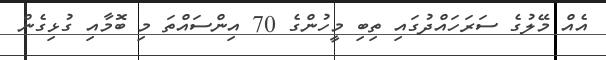
އެއް މޭލުގެ ސަރަހައްދުގައި ތިބި މީހުންގެ 70 އިންސައްތަ މި ބޮމާއި ގުޅިގެން